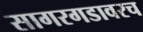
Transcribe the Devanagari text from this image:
सागरगडावरच